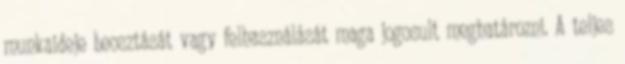
munkaideje beosztását vagy felhasználását maga jogosult meghatározni. A teljes